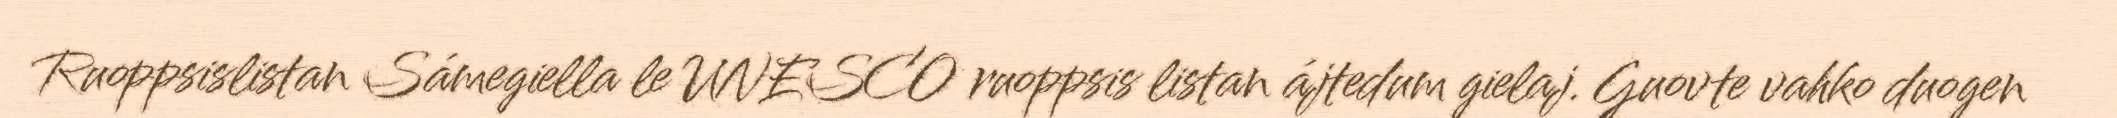
Ruoppsislistan Sámegiella le UNESCO ruoppsis listan ájtedum gielaj. Guovte vahko duogen